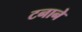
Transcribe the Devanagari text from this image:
टनाने